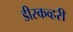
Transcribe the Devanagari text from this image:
डीस्कव्हरी